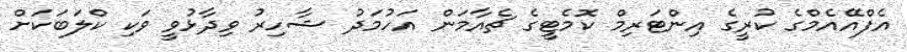
އެފްއޭއެމްގެ ކުރީގެ އިންޓަރިމް ކޮމެޓީގެ ޗެއާމަން އަހުމަދު ޝާހިރު ވިދާޅުވީ ވަކި ކްލަބަކަށް